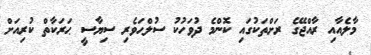
މާލެއާއި ރާއްޖޭގެ ރަށްތަކުގައި ކޮންމެ ދުވަހުކު ސުލްޙަވެރި ސިޔާސީ ޙަރަކާތް ކުރިއަށް